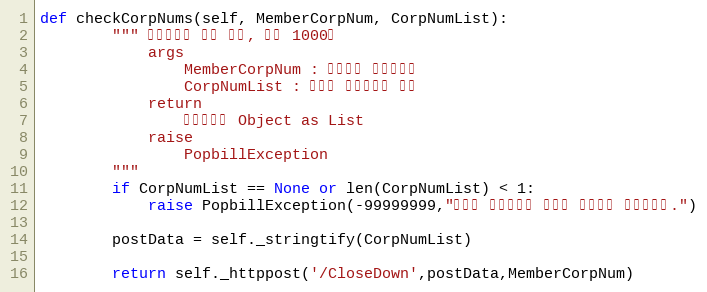
Language: Python
def checkCorpNums(self, MemberCorpNum, CorpNumList):
        """ 휴폐업조회 대량 확인, 최대 1000건
            args
                MemberCorpNum : 팝빌회원 사업자번호
                CorpNumList : 조회할 사업자번호 배열
            return
                휴폐업정보 Object as List
            raise
                PopbillException
        """
        if CorpNumList == None or len(CorpNumList) < 1:
            raise PopbillException(-99999999,"조죄할 사업자번호 목록이 입력되지 않았습니다.")

        postData = self._stringtify(CorpNumList)

        return self._httppost('/CloseDown',postData,MemberCorpNum)